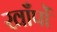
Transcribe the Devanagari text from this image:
खाँपों